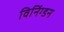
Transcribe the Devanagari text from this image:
विनिंग्डन